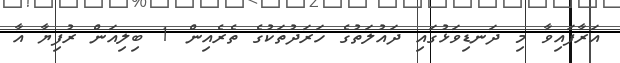
އަރާފައިވާ މި ދަނޑިވަޅުގައި ދައުލަތުގެ ހަރަދުތަކުގެ ތެރެއިން 1 ބިލިއަން ރުފިޔާ އާ